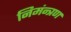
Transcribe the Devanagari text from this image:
निमंन्त्रण